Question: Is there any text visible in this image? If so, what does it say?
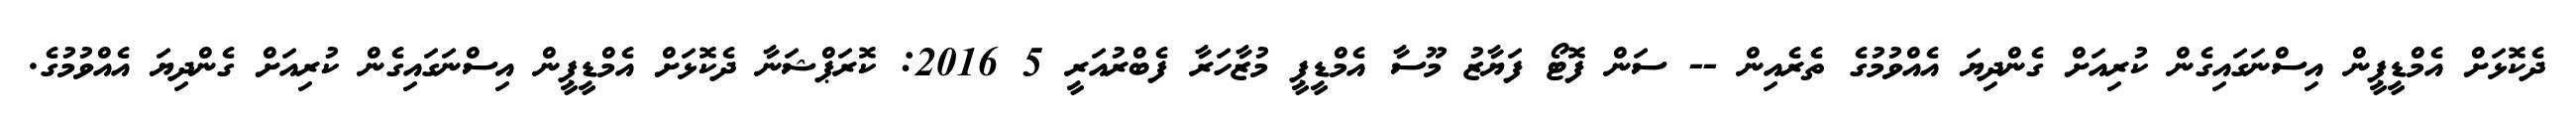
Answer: ދެކޮޅަށް އެމްޑީޕީން އިސްނަގައިގެން ކުރިއަށް ގެންދިޔަ އެއްވުމުގެ ތެރެއިން -- ސަން ފޮޓޯ ފަޔާޒު މޫސާ އެމްޑީޕީ މުޒާހަރާ ފެބްރުއަރީ 5 2016: ކޮރަޕްޝަނާ ދެކޮޅަށް އެމްޑީޕީން އިސްނަގައިގެން ކުރިއަށް ގެންދިޔަ އެއްވުމުގެ.